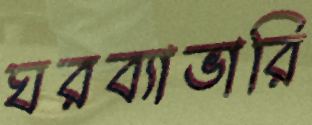
ঘরব্যাভারি